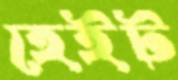
হেইট